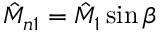
\hat { M } _ { n 1 } = \hat { M } _ { 1 } \sin \beta